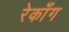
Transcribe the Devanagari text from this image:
रेकाँग